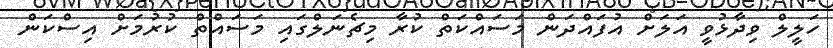
ހަލީލް ވިދާޅުވީ އަލަށް އުފައްދަން މަސައްކަތް ކުރާ މިޗެނަލްގައި މަސައްތް ކުރުމަށް އިސްކަން